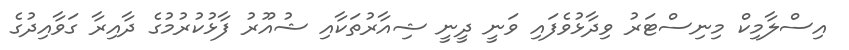
އިސްލާމިކް މިނިސްޓަރު ވިދާޅުވެފައި ވަނީ ދީނީ ޝިއާރުތަކާއި ޝުއޫރު ފާޅުކުރުމުގެ ދާއިރާ ގަވާއިދުގެ